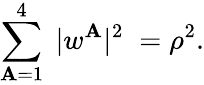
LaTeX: \sum_{\mathbf{A}=1}^{4}\; |w^{\mathbf{A}}|^{2}\; =\rho^{2}.